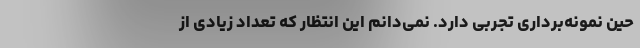
حین نمونه‌برداری تجربی دارد. نمی‌دانم این انتظار که تعداد زیادی از